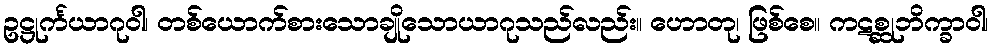
ဥဋ္ဌုင်္ကယာဂုဝါ၊ တစ်ယောက်စားသောချိုသောယာဂုသည်လည်း။ ဟောတု၊ ဖြစ်စေ။ ကဋစ္ဆုဘိက္ခာဝါ၊